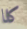
كلا